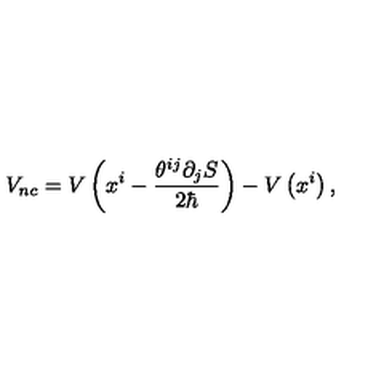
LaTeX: V _ { n c } = V \left( x ^ { i } - \frac { \theta ^ { i j } \partial _ { j } S } { 2 \hbar } \right) - V \left( x ^ { i } \right) ,